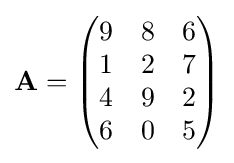
\mathbf {A} ={\begin{pmatrix}9&8&6\\1&2&7\\4&9&2\\6&0&5\end{pmatrix}}